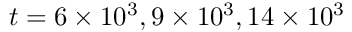
t = 6 \times 1 0 ^ { 3 } , 9 \times 1 0 ^ { 3 } , 1 4 \times 1 0 ^ { 3 }